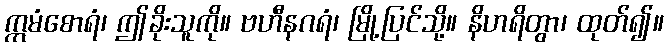
ဣမံစောရံ၊ ဤခိုးသူကို။ ဗဟီနဂရံ၊ မြို့ပြင်သို့။ နိဟရိတွာ၊ ထုတ်၍။